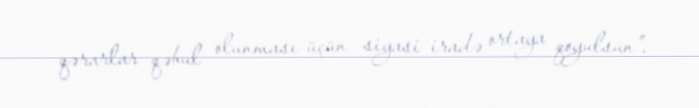
qərarlar qəbul olunması üçün siyasi iradə ortaya qoyulsun”.